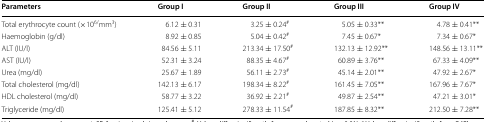
| Parameters | Group I | Group II | Group III | Group IV |
 | --- | --- | --- | --- | --- |
 | Total erythrocyte count (×106/mm3) | 6.12 ± 0.31 | 3.25 ± 0.24# | 5.05 ± 0.33** | 4.78 ± 0.41** |
 | Haemoglobin (g/dl) | 8.92 ± 0.85 | 5.04 ± 0.42# | 7.45 ± 0.67* | 7.34 ± 0.67* |
 | ALT (IU/l) | 84.56 ± 5.11 | 213.34 ± 17.50# | 132.13 ± 12.92** | 148.56 ± 13.11** |
 | AST (IU/l) | 52.31 ± 3.24 | 88.35 ± 4.67# | 60.89 ± 3.76** | 67.33 ± 4.09** |
 | Urea (mg/dl) | 25.67 ± 1.89 | 56.11 ± 2.73# | 45.14 ± 2.01** | 47.92 ± 2.67* |
 | Total cholesterol (mg/dl) | 142.13 ± 6.17 | 198.34 ± 8.22# | 161.45 ± 7.05** | 167.96 ± 7.67* |
 | HDL cholesterol (mg/dl) | 58.77 ± 3.22 | 36.92 ± 2.21# | 49.87 ± 2.54** | 47.21 ± 3.01* |
 | Triglyceride (mg/dl) | 125.41 ± 5.12 | 278.33 ± 11.54# | 187.85 ± 8.32** | 212.50 ± 7.28** |